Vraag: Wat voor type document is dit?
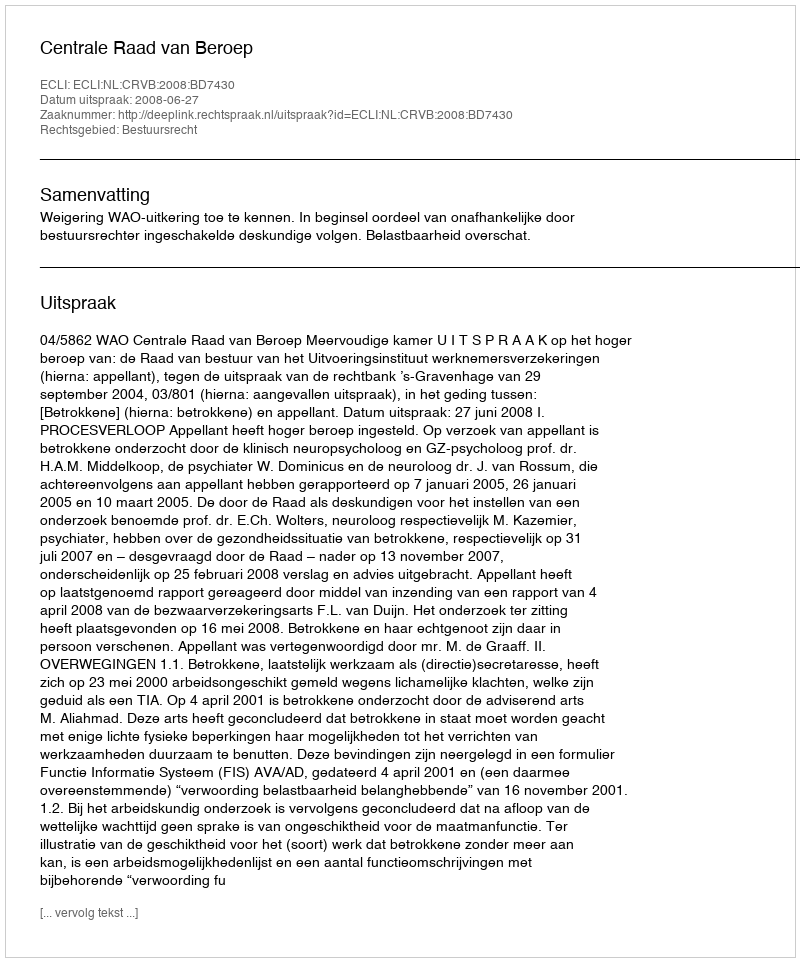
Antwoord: Uitspraak